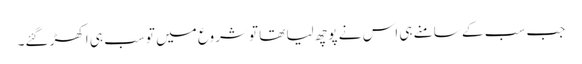
جب سب کے سامنے ہی اس نے پوچھ لیا تھا تو شروع میں تو سب ہی اکھڑ گئے۔